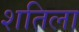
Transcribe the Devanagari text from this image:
शतिला